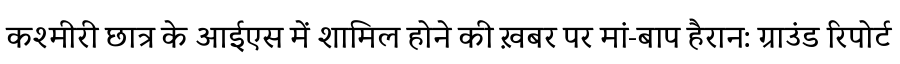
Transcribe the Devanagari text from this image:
कश्मीरी छात्र के आईएस में शामिल होने की ख़बर पर मां-बाप हैरान: ग्राउंड रिपोर्ट